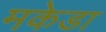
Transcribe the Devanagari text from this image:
मकेडा